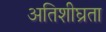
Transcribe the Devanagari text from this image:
अतिशीघ्रता